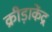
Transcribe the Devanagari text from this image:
क्रीड़ाकेंद्र